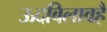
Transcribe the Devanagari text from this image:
ऊदबिलावहै